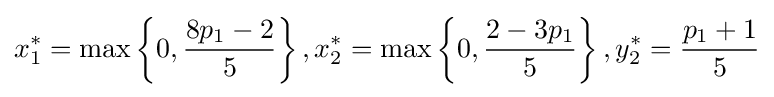
x_{1}^{*}=\max \left\{0,{\frac {8p_{1}-2}{5}}\right\},x_{2}^{*}=\max \left\{0,{\frac {2-3p_{1}}{5}}\right\},y_{2}^{*}={\frac {p_{1}+1}{5}}